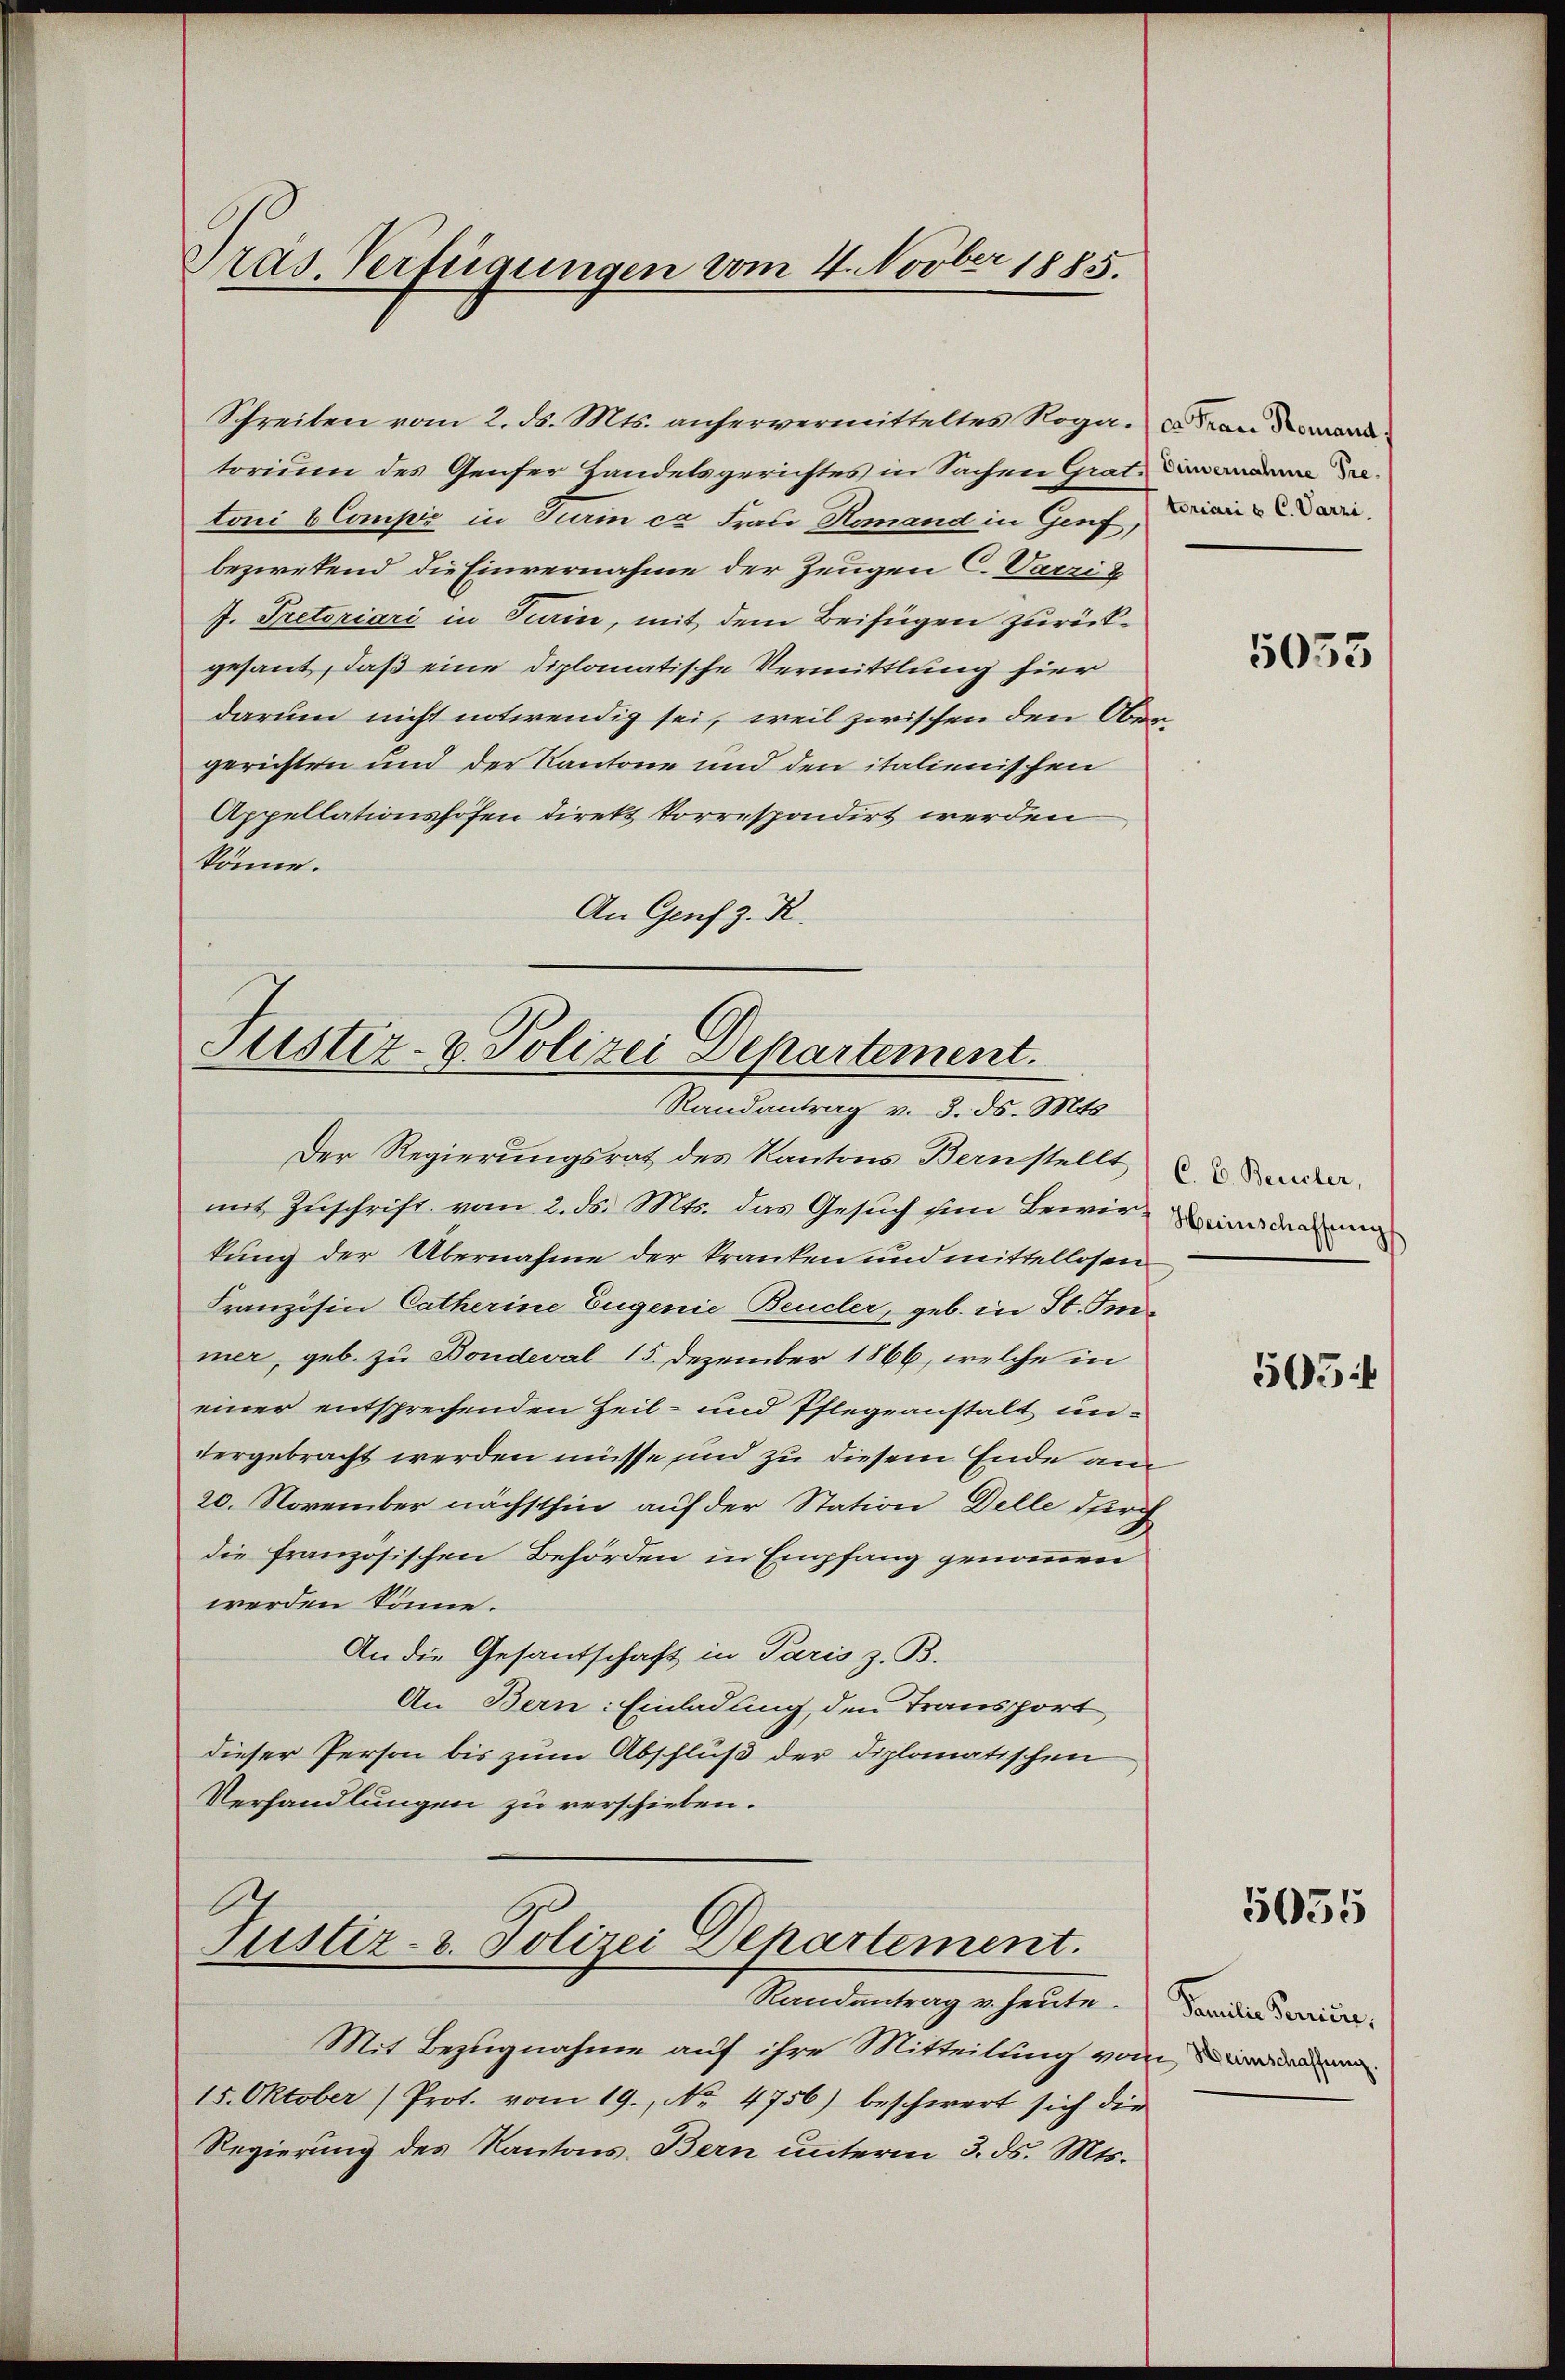
Präs. Verfügungen vom 4. Novber 1885.

Schreiben vom 2. d. Mts. anhervermitteltes Roga dran werd
torium des Genser Handelsgerichtes in Sachen Grat, dan anden datoni b Compiz in Turin ca Frau Nomand in Genf, Diaria
bezweifend die Einvernahme der Zeugen C.Varzik
J. Treteriari in Turin, mit dem Beifügen zurückgesant, daß eine diplomatische Vermittlung hier
darum nicht notwendig sei, weil zwischen den Obergerichten und der Kantone und den italienischen
Appellationshofen direkt korrespondirt werden
könne.
An Genf z. R.

Justiz- & Polizei Departement.
Randantrag v. 3. ds. Mts.

Der Regierungsrat des Kantons Bernstellt an
mit Zuschrift vom 2. ds. Mts. das Gesuch in Bewir- in dane
kung der Übernahme der kranken und mittellosen
Französin Catherine Eugenie Beucler, geb. in St. Immer, geb. zu Bondeval 15. Dezember 1866, welche in
einer entsprechenden Heil- und Pflegeanstalt unvergebracht werden müsse und zu diesem Ende am
20. November nächsthin auf der Station Delle durch
die französischen Behörden in Empfang genommen
werden könne.
An die Gesandschaft in Paris z. B.
An Bern: Einladung, den Transport,
dieser Person bis zum Abschluß der diplomatischen
Verhandlungen zu verschieben.

Justiz- & Polizei Departement.

Randantrag v. heute.
Mit Bezugnahme auf ihre Mitteilung von den
15. Oktober (Prot. vom 19. No. 4756) beschwert sich die
Regierung des Kantons Bern unterm 3. ds. Mts.

5033

505

5055

Samilie Sanien,